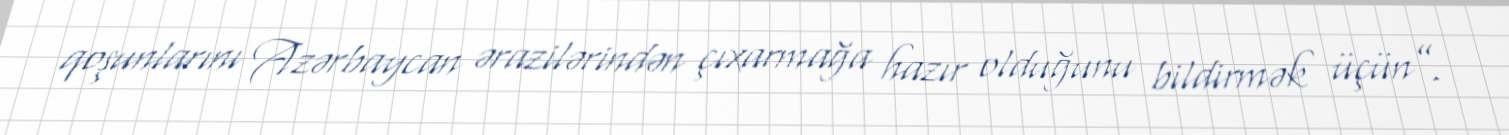
qoşunlarını Azərbaycan ərazilərindən çıxarmağa hazır olduğunu bildirmək üçün”.